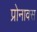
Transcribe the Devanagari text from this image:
प्रोनावस